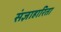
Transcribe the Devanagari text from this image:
संज्ञाहारिता